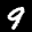
Label: 9